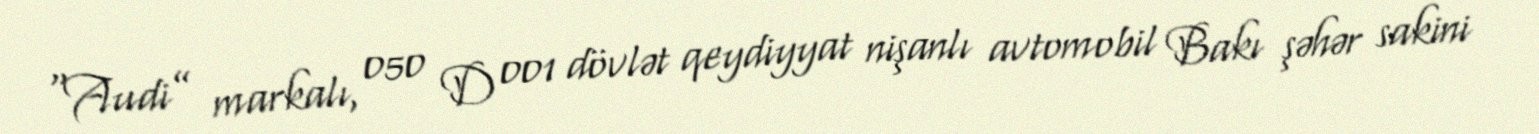
“Audi” markalı, 050 D 001 dövlət qeydiyyat nişanlı avtomobil Bakı şəhər sakini